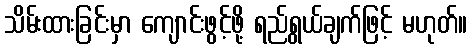
သိမ်းထားခြင်းမှာ ကျောင်းဖွင့်ဖို့ ရည်ရွယ်ချက်ဖြင့် မဟုတ်။